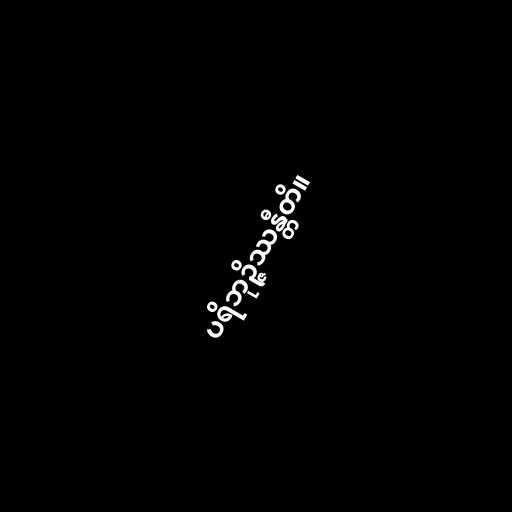
ပရိဘုဉ္ဇိဿန္တီတိ။